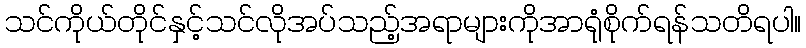
သင်ကိုယ်တိုင်နှင့်သင်လိုအပ်သည့်အရာများကိုအာရုံစိုက်ရန်သတိရပါ။